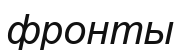
фронты